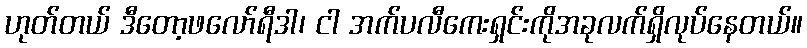
ဟုတ်တယ် ဒီတော့ဖလော်ရီဒါ၊ ငါ အက်ပလီကေးရှင်းကိုအခုလက်ရှိလုပ်နေတယ်။